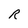
Character: R